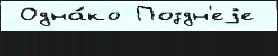
 Одна́ко Поздн'еjе